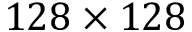
1 2 8 \times 1 2 8